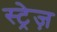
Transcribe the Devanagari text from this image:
स्ट्रेज़